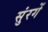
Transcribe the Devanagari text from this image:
सुंरगें